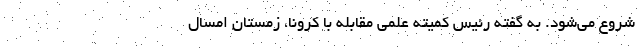
شروع می‌شود. به گفته رئیس کمیته علمی مقابله با کرونا، زمستان امسال